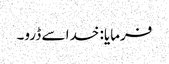
فرمایا: خدا سے ڈرو۔